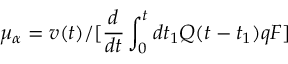
\mu _ { \alpha } = v ( t ) / [ \frac { d } { d t } \int _ { 0 } ^ { t } d t _ { 1 } Q ( t - t _ { 1 } ) q F ]